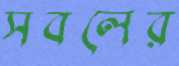
সবলের